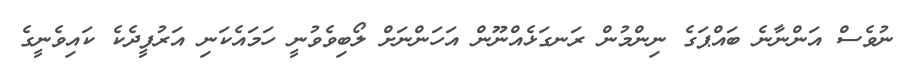
ނުވެސް އަންނާނެ ބައްޕަގެ ނިންމުން ރަނގަޅެއްނޫން އަހަންނަށް ލޯބިވެވުނީ ހަމައެކަނި އަރުފީދެކެ ކައިވެނީގެ